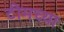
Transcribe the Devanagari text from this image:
टीमच्या